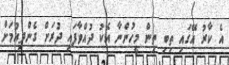
އެ ކާރު އޭގައި ތިބި ތިން މީހުންނާ އެކު ދުއްވާފައި ދުރަށް ގެންދިއުމަށް